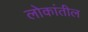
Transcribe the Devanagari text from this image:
लोकांतील